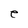
Character: e